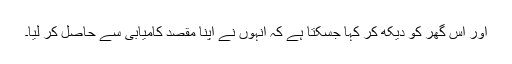
اور اس گھر کو دیکھ کر کہا جسکتا ہے کہ انہوں نے اپنا مقصد کامیابی سے حاصل کر لیا۔